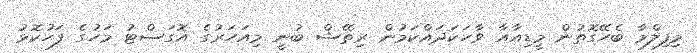
މިފިލްމާ ބެހޭގޮތުން މީޑިއާއާ ވާހަކަދައްކަމުން ރިތޭޝް ބުނީ މިއަހަރުގެ އޮގަސްޓު މަހުގެ ފަހުކޮޅު